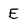
Character: E